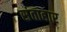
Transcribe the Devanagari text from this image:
संताहार